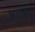
જાલરદાર